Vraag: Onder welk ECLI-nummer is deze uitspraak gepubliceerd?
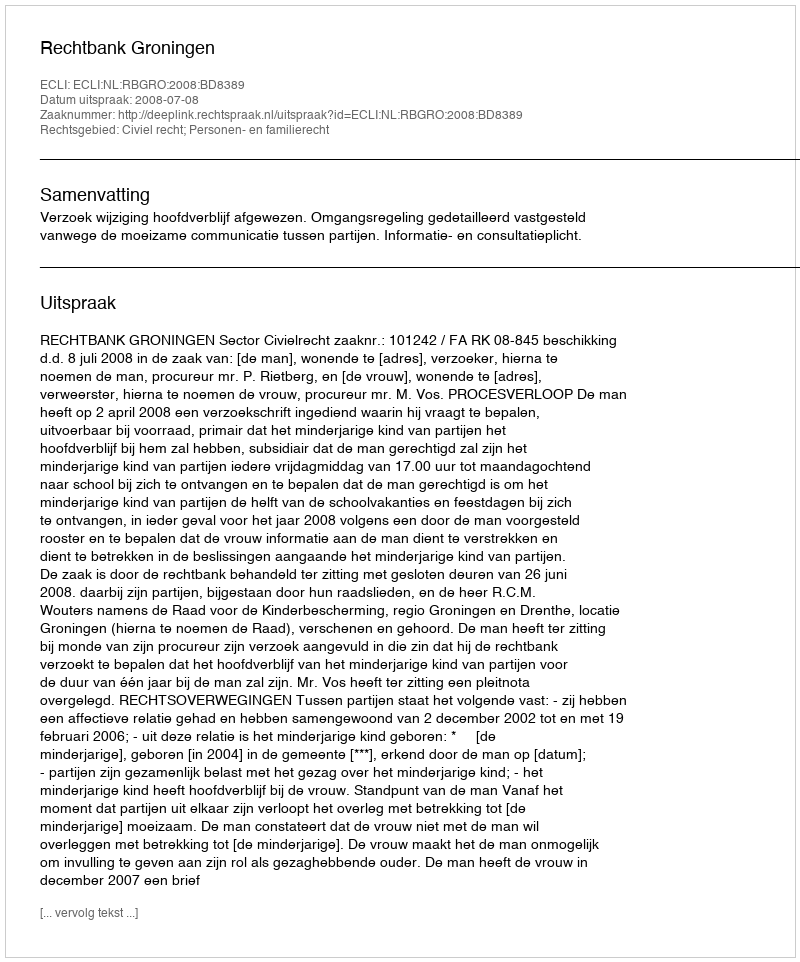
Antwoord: ECLI:NL:RBGRO:2008:BD8389